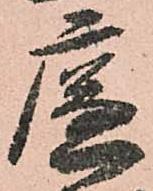
廉